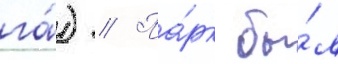
га́) // Па́рк бы́л